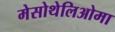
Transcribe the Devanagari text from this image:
मेसोथेलिओमा